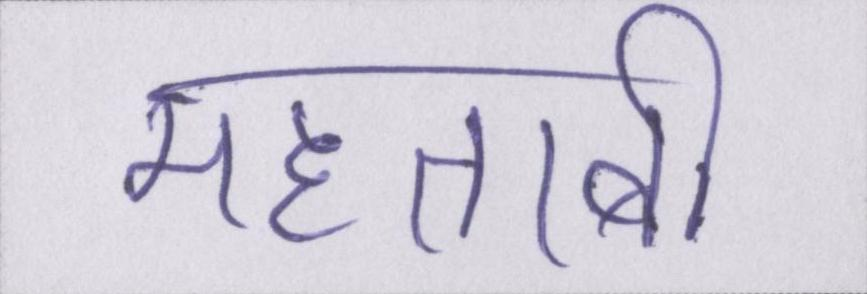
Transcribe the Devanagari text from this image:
महताबी